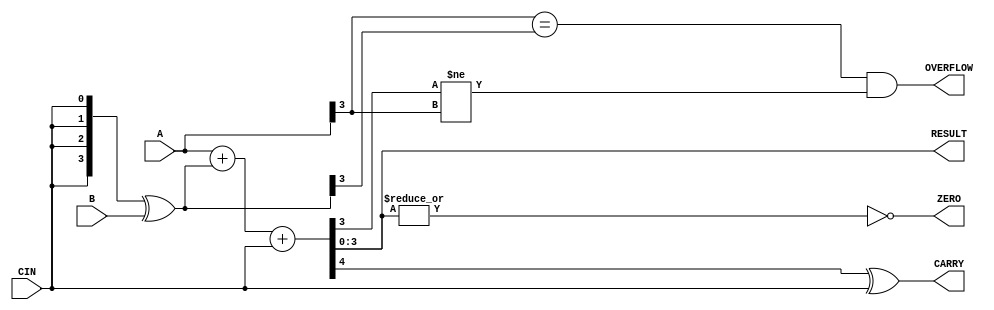
module exp3_adder(A,B,CIN,RESULT,CARRY,OVERFLOW,ZERO);
	input [3:0] A;
	input [3:0] B;
	input CIN;
	output reg [3:0] RESULT;
	output reg CARRY,OVERFLOW,ZERO;
	reg [3:0] BC;
	parameter n=4;
	always @(*)
	begin
			BC=({n{CIN}}^B);
			{CARRY,RESULT}=A+BC+CIN;
			OVERFLOW=(A[3]==BC[3])&&(RESULT[3]!=A[3]);
			ZERO=~(|RESULT);
			CARRY=CARRY^CIN;
	end

endmodule